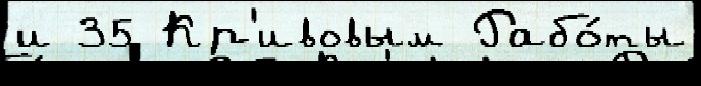
и 35 Кр'ивовым Рабо́ты